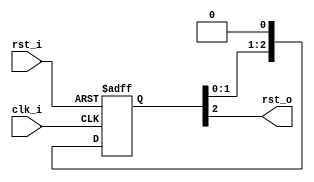
module rst_sync
  #(parameter STAGES = 2)
  (input clk_i,
   input  rst_i,
   output rst_o);

   reg [STAGES:0] rst_shr;

   assign rst_o = rst_shr[STAGES];
   
   always @(posedge clk_i or posedge rst_i)
     if (rst_i)
       rst_shr <= {(STAGES+1){1'b1}};
     else
       rst_shr <= {rst_shr[STAGES-1:0], 1'b0};
endmodule